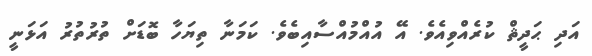
އަދި ޙަދީޘް ކުރެއްވިއެވެ. އޭ އުއްމުއްސާއިބެވެ. ކަމަނާ ތިޔަހާ ބޮޑަށް ތުރުތުރު އަޅަނީ